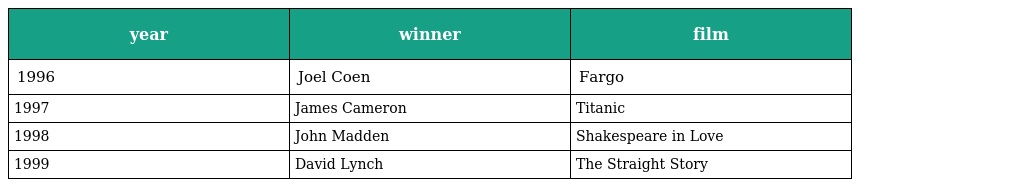
| year | winner | film |
 | --- | --- | --- |
 | 1996 | Joel Coen | Fargo |
 | 1997 | James Cameron | Titanic |
 | 1998 | John Madden | Shakespeare in Love |
 | 1999 | David Lynch | The Straight Story |